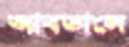
আবডালে